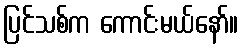
ပြင်သစ်က ကောင်းမယ်နော်။